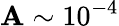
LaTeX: \mathbf{A}\sim10^{-4}